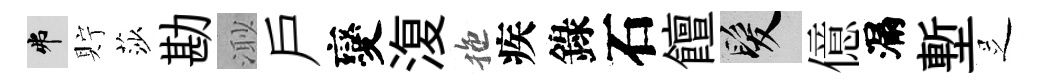
弗貯莎勘𣺌戶變𣸪拖疾錄石饘髮億漏塹𠯁